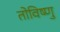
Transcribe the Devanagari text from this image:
तोविष्णु